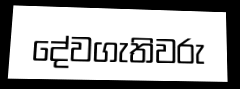
දේවගැතිවරු